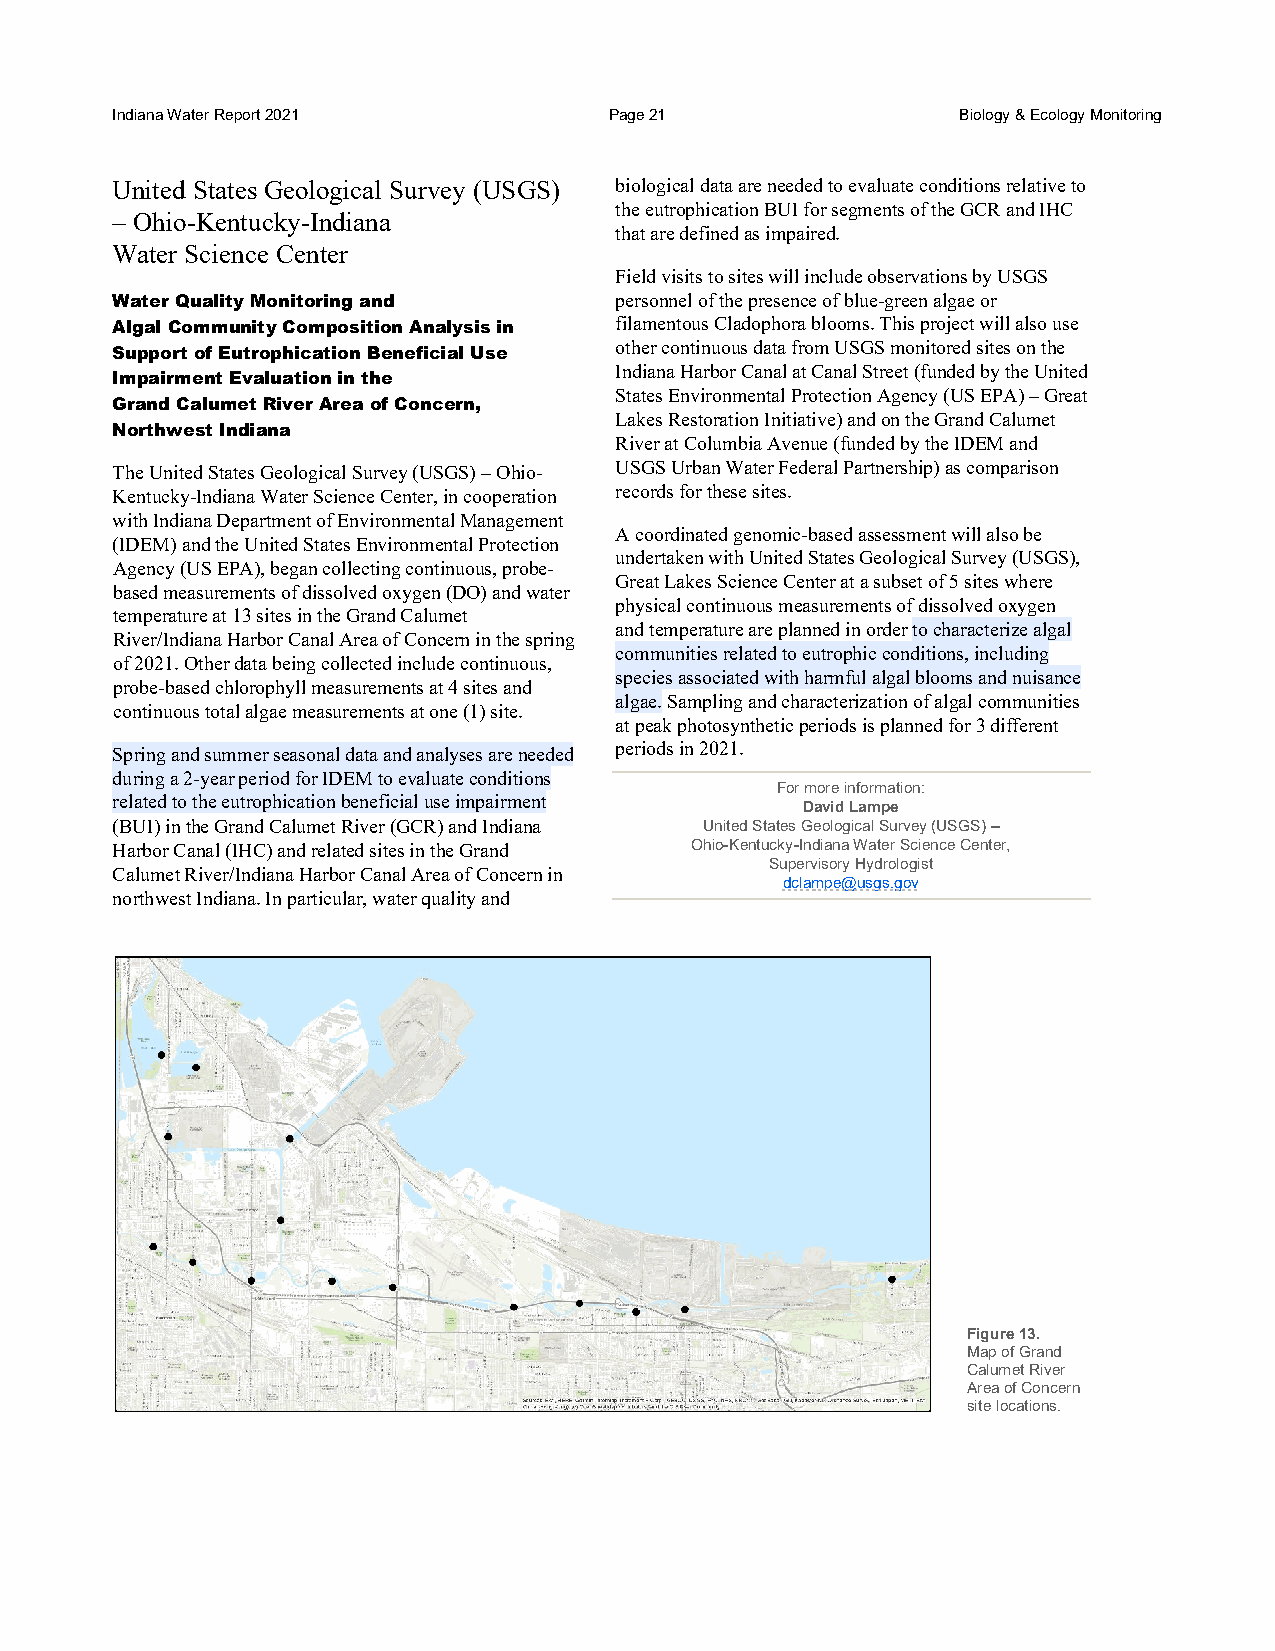
Indiana Water Report 2021        Page 21                 Biology & Ecology Monitoring
 United States Geological Survey (USGS) biological data are needed to evaluate conditions relative to
 the eutrophication BUI for segments of the GCR and IHC
 – Ohio-Kentucky-Indiana
 that are defined as impaired.
 Water Science Center
 Field visits to sites will include observations by USGS
 Water Quality Monitoring and      personnel of the presence of blue-green algae or
 Algal Community Composition Analysis in filamentous Cladophora blooms. This project will also use
 Support of Eutrophication Beneficial Use other continuous data from USGS monitored sites on the
 Indiana Harbor Canal at Canal Street (funded by the United
 Impairment Evaluation in the
 States Environmental Protection Agency (US EPA) – Great
 Grand Calumet River Area of Concern,
 Lakes Restoration Initiative) and on the Grand Calumet
 Northwest Indiana
 River at Columbia Avenue (funded by the IDEM and
 The United States Geological Survey (USGS) – Ohio- USGS Urban Water Federal Partnership) as comparison
 Kentucky-Indiana Water Science Center, in cooperation records for these sites.
 with Indiana Department of Environmental Management
 A coordinated genomic-based assessment will also be
 (IDEM) and the United States Environmental Protection
 undertaken with United States Geological Survey (USGS),
 Agency (US EPA), began collecting continuous, probe-
 Great Lakes Science Center at a subset of 5 sites where
 based measurements of dissolved oxygen (DO) and water
 physical continuous measurements of dissolved oxygen
 temperature at 13 sites in the Grand Calumet
 and temperature are planned in order to characterize algal
 River/Indiana Harbor Canal Area of Concern in the spring
 communities related to eutrophic conditions, including
 of 2021. Other data being collected include continuous,
 species associated with harmful algal blooms and nuisance
 probe-based chlorophyll measurements at 4 sites and
 algae. Sampling and characterization of algal communities
 continuous total algae measurements at one (1) site.
 at peak photosynthetic periods is planned for 3 different
 Spring and summer seasonal data and analyses are needed periods in 2021.
 during a 2-year period for IDEM to evaluate conditions
 For more information:
 related to the eutrophication beneficial use impairment
 David Lampe
 (BUI) in the Grand Calumet River (GCR) and Indiana United States Geological Survey (USGS) –
 Harbor Canal (IHC) and related sites in the Grand Ohio-Kentucky-Indiana Water Science Center,
 Supervisory Hydrologist
 Calumet River/Indiana Harbor Canal Area of Concern in
 dclampe@usgs.gov
 northwest Indiana. In particular, water quality and
 Figure 13.
 Map of Grand
 Calumet River
 Area of Concern
 site locations.